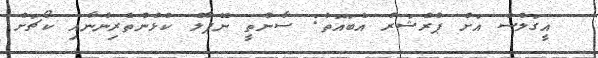
އީގަލްސް އަށް ޕްރެޝަރު އެބައޮތް: ސާންތީ ނޭޕާލް ކުޅުންތެރިންނާއި ކޯޗަށް